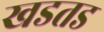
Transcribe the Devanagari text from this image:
खडतड